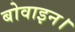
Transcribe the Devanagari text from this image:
बोवाइन।